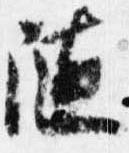
随